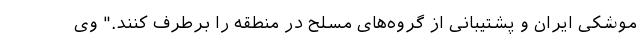
موشکی ایران و پشتیبانی از گروه‌های مسلح در منطقه را برطرف کنند." وی